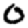
Digit: 0